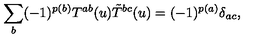
\sum _ { b } ( - 1 ) ^ { p ( b ) } T ^ { a b } ( u ) \tilde { T } ^ { b c } ( u ) = ( - 1 ) ^ { p ( a ) } \delta _ { a c } ,